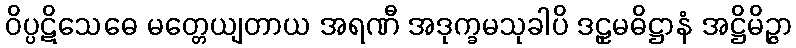
ဝိပ္ပဋိသေဓေ မတ္တေယျတာယ အရဏီ အဒုက္ခမသုခါပိ ဒဠှမဓိဋ္ဌာနံ အဋ္ဌိမိဉ္ဇာ